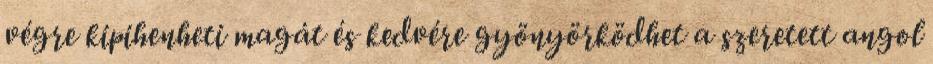
végre kipihenheti magát és kedvére gyönyörködhet a szeretett angol